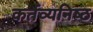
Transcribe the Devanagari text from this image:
कर्तव्‍यनिष्‍ठ